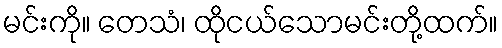
မင်းကို။ တေသံ၊ ထိုငယ်သောမင်းတို့ထက်။